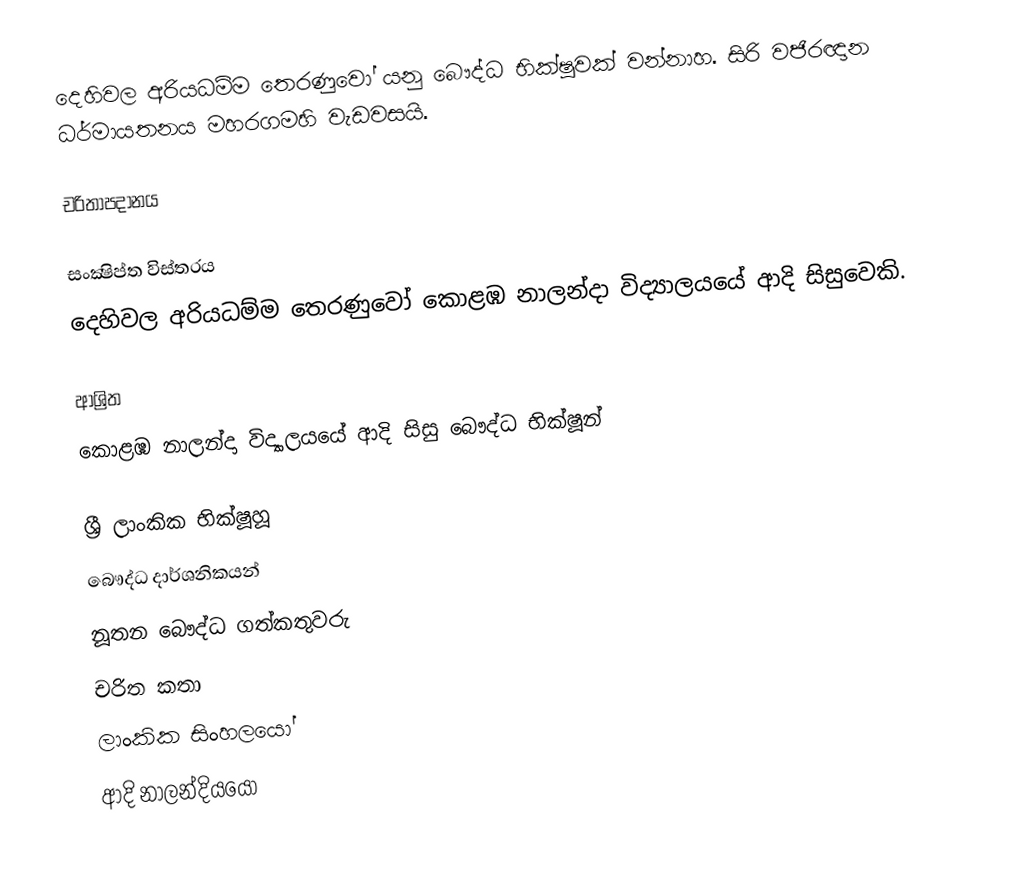
දෙහිවල අරියධම්ම තෙරණුවෝ යනු බෞද්ධ භික්ෂුවක් වන්නාහ. සිරි වජිරඥාන ධර්මායතනය මහරගමහි වැඩවසයි.

චරිතාපදානය

සංක්‍ෂිප්ත විස්තරය
දෙහිවල අරියධම්ම තෙරණුවෝ කොළඹ නාලන්දා විද්‍යාලයයේ ආදි සිසුවෙකි.

ආශ්‍රිත
කොළඹ නාලන්දා විද්‍යාලයයේ ආදි සිසු බෞද්ධ භික්ෂූන්

ශ්‍රී ලාංකික භික්ෂූහූ
බෞද්ධ දාර්ශනිකයන්
නූතන බෞද්ධ ගත්කතුවරු
චරිත කතා
ලාංකික සිංහලයෝ
ආදි නාලන්දියයෝ